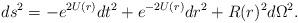
LaTeX: \begin{align*}ds^2 = - e^{2U(r)}dt^2 + e^{-2U(r)}dr^2 + R(r)^2d\Omega^2. \end{align*}